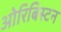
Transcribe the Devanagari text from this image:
ओरिबिस्टन